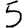
Digit: 5